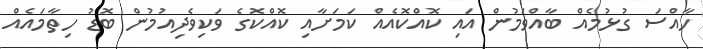
ހާއްސަ ގުޅުމެއް ބާއްވަމުން އައި ކޮއްކޮއެއް ކަމަށާއި ކޮއްކޮގެ ވަކިވެދިއުމުން ބޮޑު ހިތާމައެއް